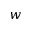
w